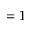
= 1